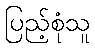
ပြည့်စုံသူ